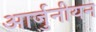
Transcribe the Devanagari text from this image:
आर्जुनीयन